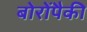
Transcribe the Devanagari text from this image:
बोरोंपैकी